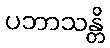
ပဘာသန္တိ